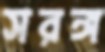
সরঙ্গ